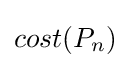
cost(P_{n})